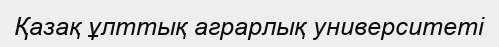
Қазақ ұлттық аграрлық университеті